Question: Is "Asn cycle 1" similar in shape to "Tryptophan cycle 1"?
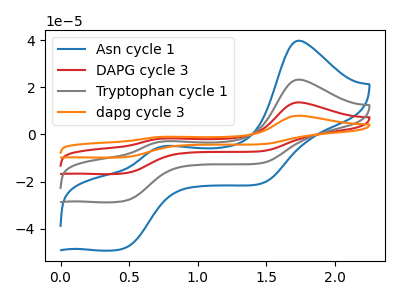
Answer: <think>The blue curve "Asn cycle 1" has anodic peaks at (1.75V, 39.75uA) (0.75V, -4.95uA) and cathodic peaks at (0.45V, -48.30uA) (1.45V, -20.75uA). The red curve "DAPG cycle 3" has anodic peaks at (1.75V, 46.50uA) (0.75V, -5.80uA) and cathodic peaks at (0.45V, -56.50uA) (1.45V, -24.30uA). The gray curve "Tryptophan cycle 1" has anodic peaks at (1.75V, 23.25uA) (0.75V, -2.90uA) and cathodic peaks at (0.45V, -28.25uA) (1.45V, -12.15uA). The orange curve "dapg cycle 3" has anodic peaks at (1.75V, 69.75uA) (0.75V, -8.70uA) and cathodic peaks at (0.45V, -84.75uA) (1.45V, -36.40uA).
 All the peaks in "Asn cycle 1" have a peak in "Tryptophan cycle 1" at the same potential.</think>
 <answer>"Asn cycle 1" and "Tryptophan cycle 1" are similar in shape.</answer>
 <eval>same_shape</eval>